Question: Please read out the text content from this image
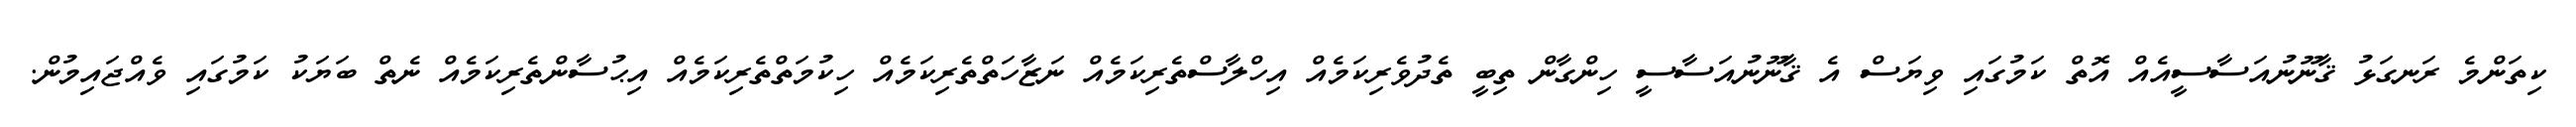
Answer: ކިތަންމެ ރަނގަޅު ޤާނޫނުއަސާސީއެއް އޮތް ކަމުގައި ވިޔަސް އެ ޤާނޫނުއަސާސީ ހިންގާން ތިބީ ތެދުވެރިކަމެއް އިހްލާސްތެރިކަމެއް ނަޒާހަތްތެރިކަމެއް ހިކުމަތްތެރިކަމެއް އިޙުސާންތެރިކަމެއް ނެތް ބަޔަކު ކަމުގައި ވެއްޖައިމުން.